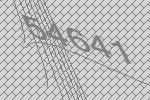
54641